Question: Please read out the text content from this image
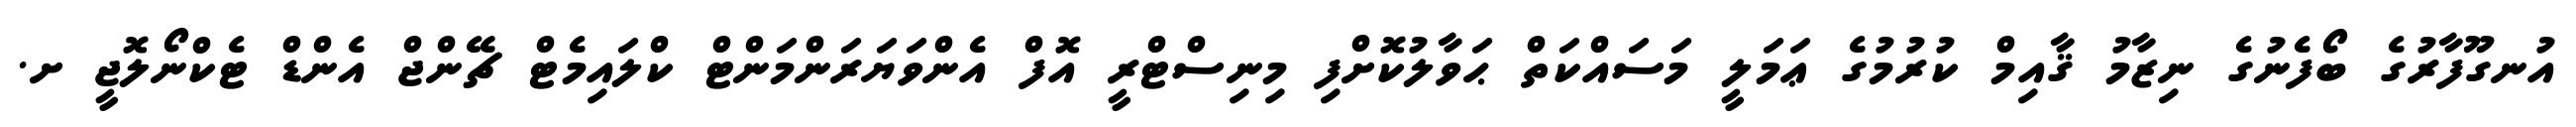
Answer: އުނގޫފާރުގެ ބޯފެނުގެ ނިޒާމު ޤާއިމް ކުރުމުގެ ޢަމަލީ މަސައްކަތް ޙަވާލުކޮށްފި މިނިސްޓްރީ އޮފް އެންވަޔަރަންމަންޓް ކްލައިމެޓް ޗޭންޖް އެންޑް ޓެކްނޯލޮޖީ ށ.